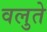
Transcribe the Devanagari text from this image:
वलुते